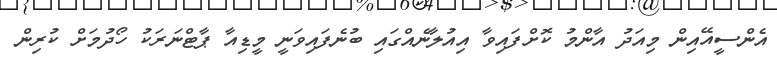
އެންސީއޭއިން މިއަދު އާންމު ކޮށްފައިވާ އިއުލާނެއްގައި ބުނެފައިވަނީ މީޑިއާ ޕާޓްނަރަކު ހޯދުމަށް ކުރިން